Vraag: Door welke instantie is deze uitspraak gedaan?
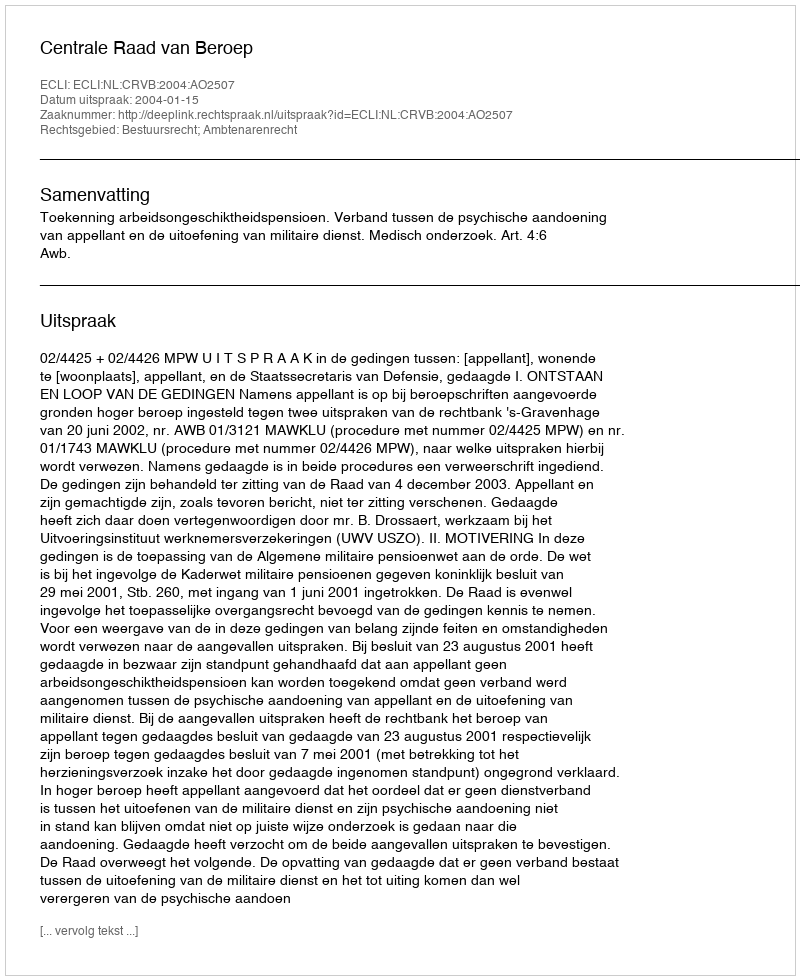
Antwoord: Centrale Raad van Beroep